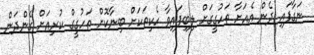
ނަގާފައި ދެން އެއަށާ ތަހުގީގަށް ލިބިފައިވާ ހެކިތަކަށް ބިނާކޮށް ތަހުގީގް ކުރިއަށް ގެންދަން